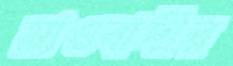
মাওবাদীর